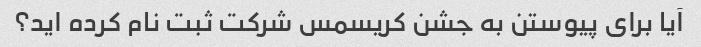
آیا برای پیوستن به جشن کریسمس شرکت ثبت نام کرده اید؟